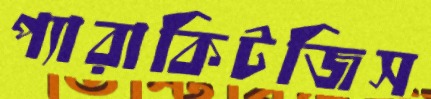
প্যারাকিটজিস